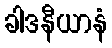
ခါဒနီယာနံ